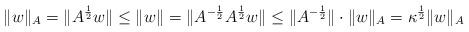
LaTeX: \begin{align*}\|w\|_A = \|A^\frac{1}{2}w\| \le \|w\| = \|A^{-\frac{1}{2}} A^\frac{1}{2} w\| \le \|A^{-\frac{1}{2}}\| \cdot \|w\|_A = \kappa^\frac{1}{2} \|w\|_A \end{align*}